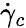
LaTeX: \dot{\gamma}_{c}